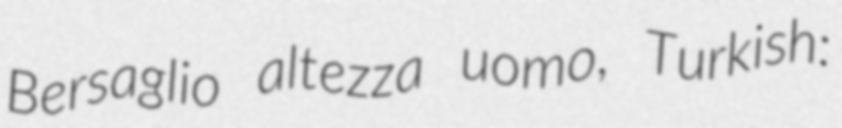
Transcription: Bersaglio altezza uomo, Turkish: